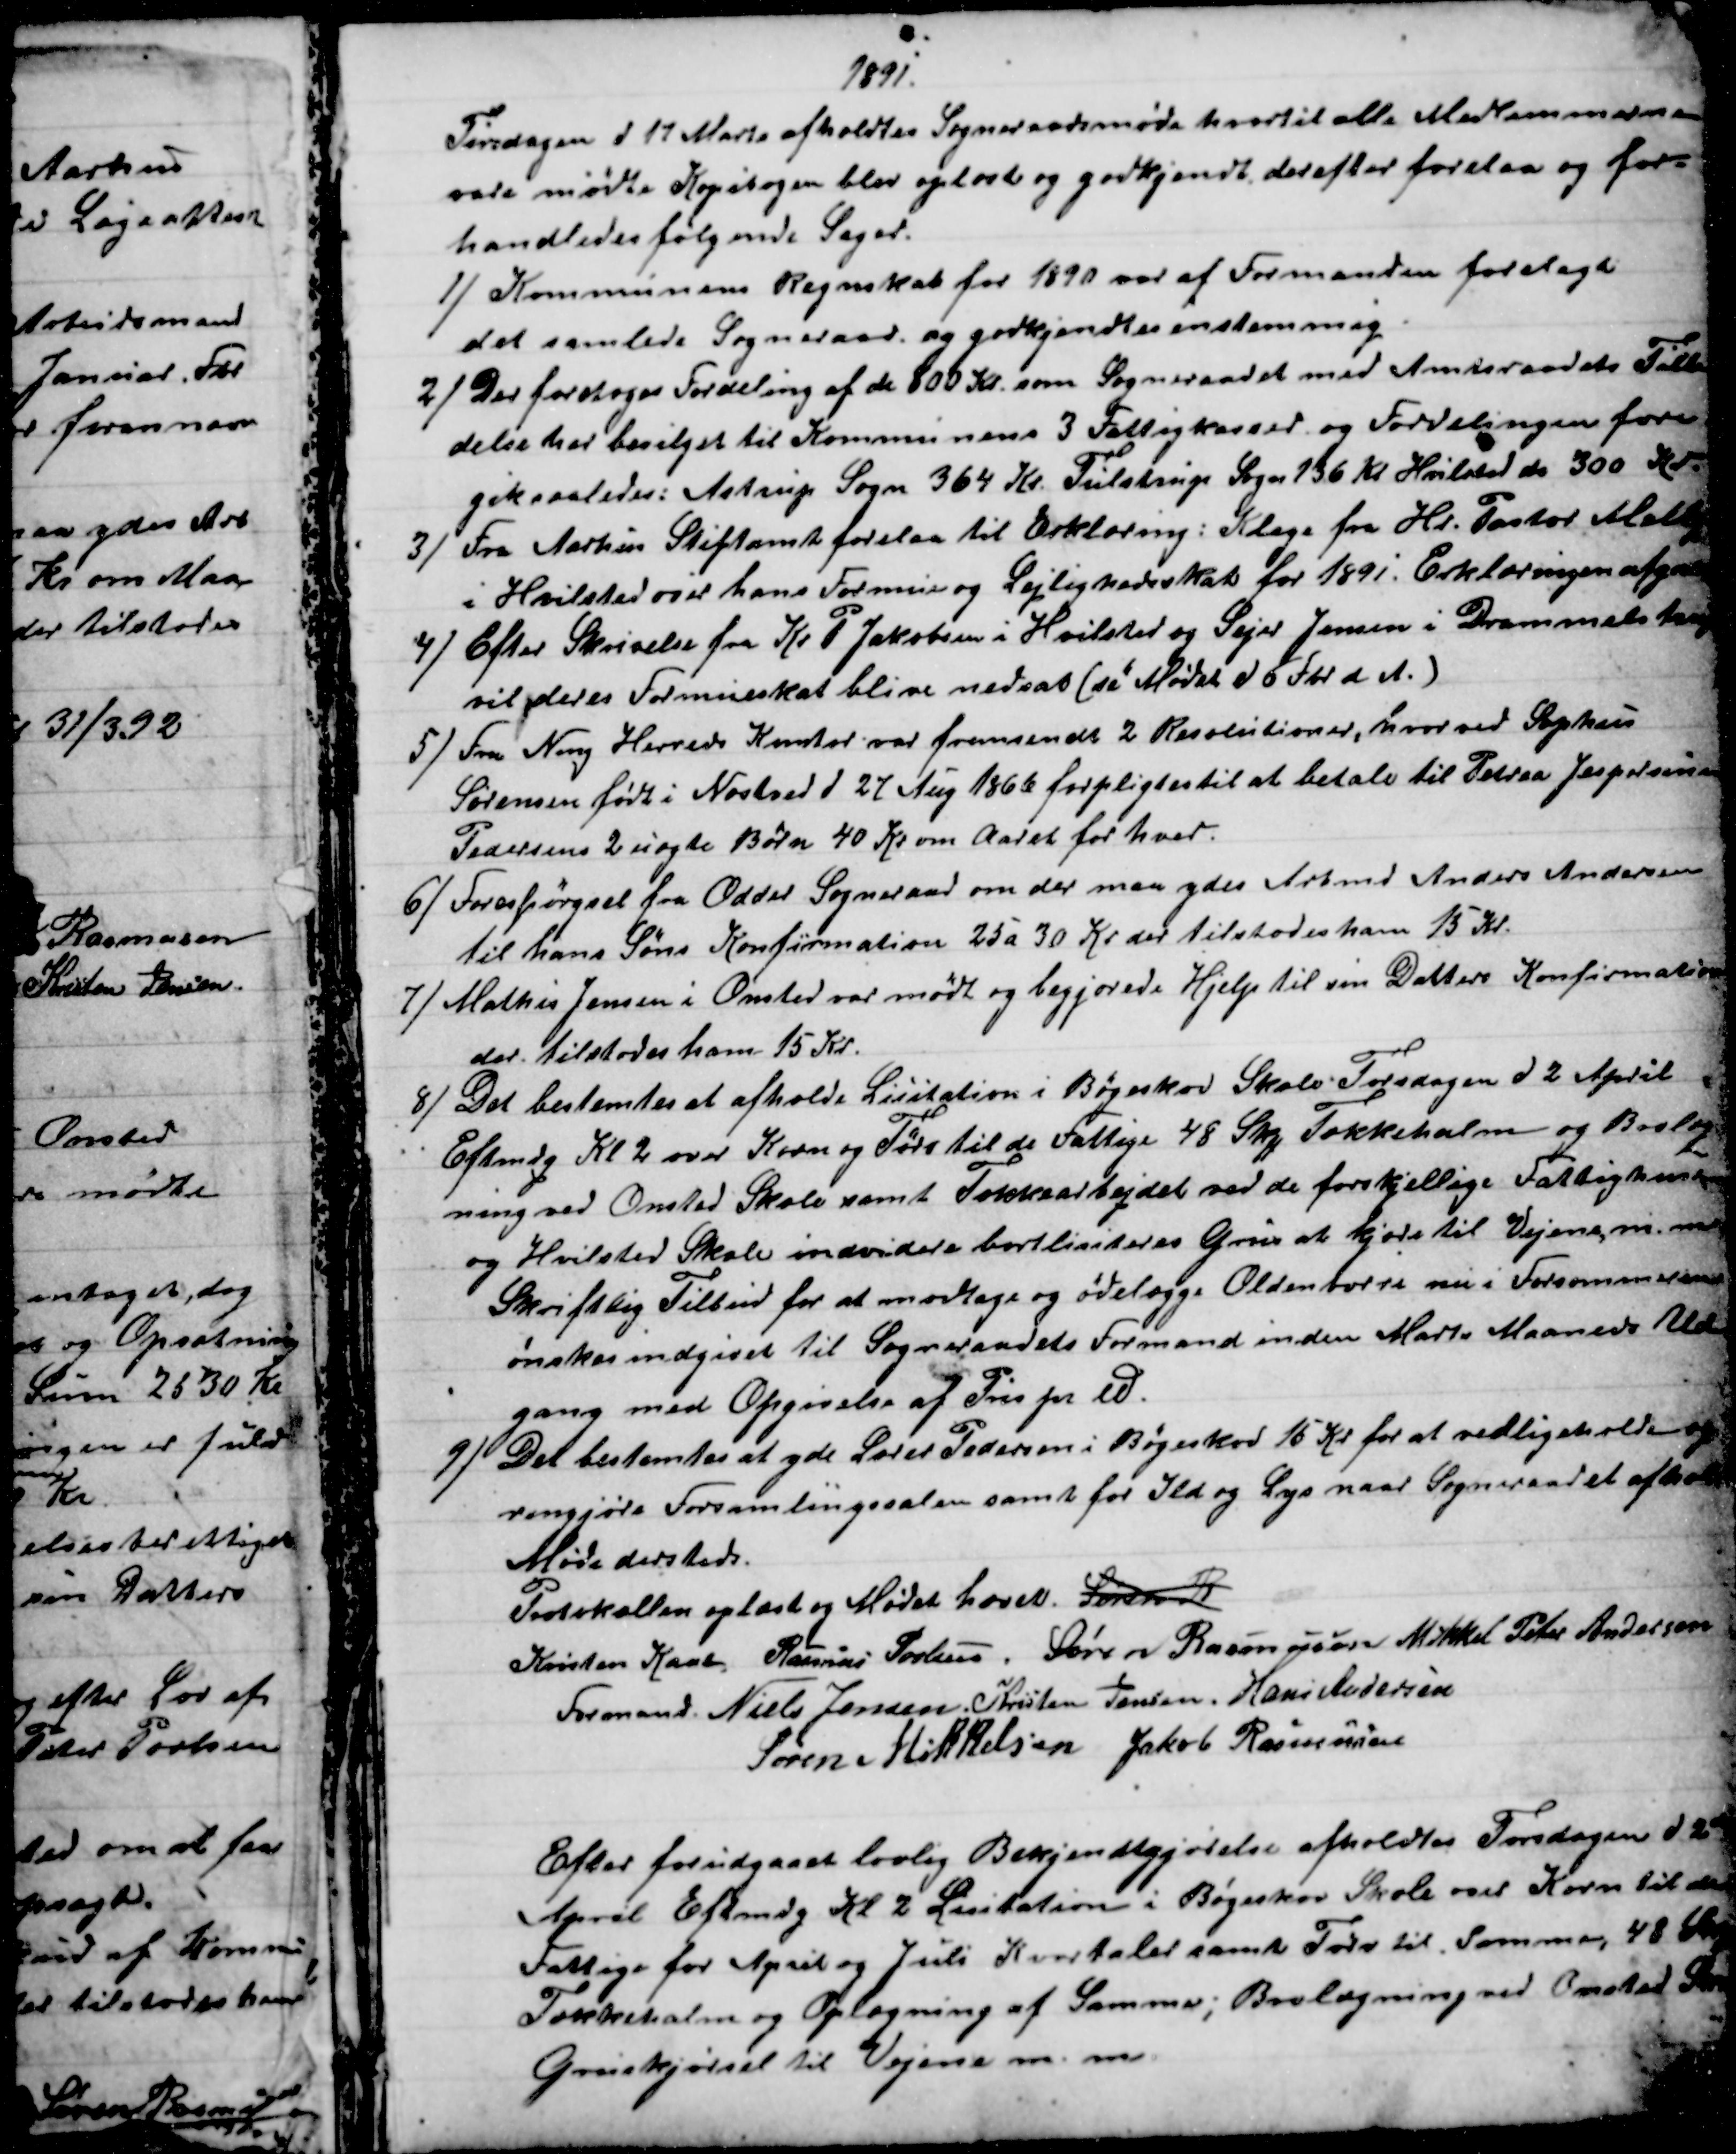
Transskription:
1891.
Tirsdagen d 17 Marts afholdtes Sogneraadsmøde hvortil alle Medlemmerne
vare mødte Kopibogen blev oplæst og godkjendt, derefter forelaa og for-
handledes følgende Sager.
1)
Kommunens Regnskab for 1890 var af Formanden forelagt
det samlede Sogneraad og godkjendtes enstemmig.
2) 
Der foretoges Fordeling af de 800 Kr. som Sogneraadet med Amtsraadets Tilla
delse har bevilget til Kommunens 3 Fattigkasser og Fordelingen fore
gik saaledes: Astrup Sogn 364 Kr. Tulstrup Sogn 136 Kr. Hvilsted do 300 Kr.
3) 
 Fra Aarhus Stiftamt forelaa til Erklæring: Klage fra Hr. Pastor Melby
i Hvilsted over hans Formue og Lejlighedsskat for 1891. Erklæringen afgive
4) 
 Efter Skrivelse fra Kr P Jakobsen i Hvilsted og Sejer Jensen i Drammelstrup
vil deres Formueskat blive nedsat (se Mødet d. 6 Fbr d. A.)
5) 
Fra Ning Herreds Kontor var fremsendt 2 Resolutioner, hvorved Sophus
Sørensen født i Næstved d 27 Aug 1866 forpligtes til at betale til Petrea Jespersine
Pedersens 2 uægte Børn 40 Kr om Aaret for hver.
6) 
Forespørgsel fra Odder Sogneraad om der maa ydes Arbmd Anders Andersen
til hans Søns Konfirmation 25 a 30 Kr der tilstodes ham 15 Kr.
7) 
Mathis Jensen i Onsted var mødt og begjærede Hjelp til sin Datters Konfirmation
der tilstodes ham 15 Kr.
8) 
 Det bestemtes at afholde Licitation i Bøgeskov Skole Torsdagen d 2 April
Eftmdg Kl. 2 over Korn og Tørv til de Fattige 48 Skp Tækkehalm og Brolæg
ning ved Onsted Skole samt Tækkearbejdet ved de forskellige Fattighuse
og Hvilsted Skole indvidere bortlisiteres Grus at kjøre til Vejene m. m
Skriftlig Tilbud for at modtage og ødelægge Oldenborre nu i Forsommeren
ønskes indgivet til Sogneraadets Formand inden Marts Maaneds Ud
gang med Opgivelse af Pris pr. ℔
9)
Det bestemtes at yde Lærer Pedersen i Bøgeskov 15 Kr for at vedligeholde og
rengjøre Forsamlingssalen samt for Ild og Lys naar Sogneraadet afholder
Møde dersteds.
Protokollen oplæst og Mødet hævet. Søren R
Kristen Kaae. 
Formand. 
Rasmus Povlsen. Søren Rasmussen Mikkel Peter Andersen
Niels Jensen. Kristen Jensen. Hans Andersen
Søren Mikkelsen Jakob Rasmussen
Efter forudgaaet lovlig Bekjendtgjørelse afholdtes Torsdagen d 2de
April Eftmdg Kl 2 Lisitation i Bøgeskov Skole over Korn til de
Fattige for April og Juli Kvartaler samt Tørv til Samme, 48 Skp
Tækkehalm og Oplægning af Samme; Brolægning ved Onsted Skole
Gruskjørsel til Vejene m. m.